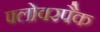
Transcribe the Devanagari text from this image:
फ्लोवरपैक